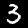
Digit: 3